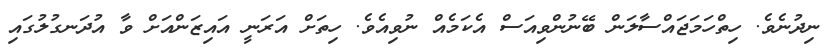
ނިދުނެވެ. ހިތްހަމަޖައްސާލަން ބޭނުންވިއަސް އެކަމެއް ނުވިއެވެ. ހިތަށް އަރަނީ އައިޒަންއަށް ވާ އުދަނގުލުގައި